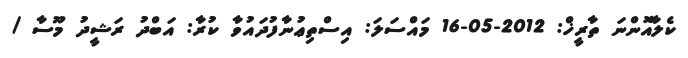
ކެލާއޮންނަ ތާރީޚް: 2012-05-16 މައްސަލަ: އިސްތިޢުނާފުދައުވާ ކުރާ: އަބްދު ރަޝީދު މޫސާ /